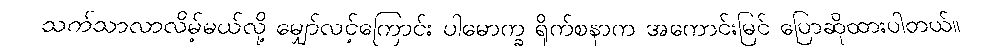
သက်သာလာလိမ့်မယ်လို့ မျှော်လင့်ကြောင်း ပါမောက္ခ ရိုက်စနာက အကောင်းမြင် ပြောဆိုထားပါတယ်။